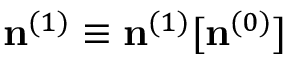
{ \bf n } ^ { ( 1 ) } \equiv { \bf n } ^ { ( 1 ) } [ { \bf n } ^ { ( 0 ) } ]